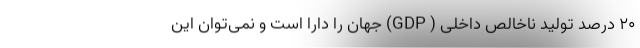
۲۰ درصد تولید ناخالص داخلی ( GDP) جهان را دارا است و نمی‌توان این